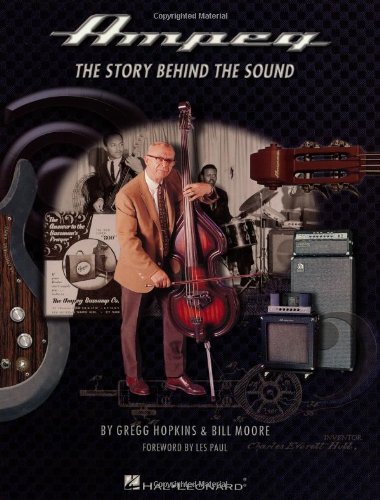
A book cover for Ampeg: The Story Behind the Sound; Gregg Hopkins; Biographies & Memoirs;